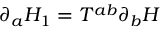
\partial _ { a } H _ { 1 } = T ^ { a b } \partial _ { b } H